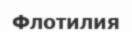
Флотилия